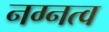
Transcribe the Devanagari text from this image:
नग्नत्व